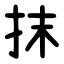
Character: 抹